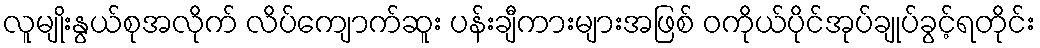
လူမျိုးနွယ်စုအလိုက် လိပ်ကျောက်ဆူး ပန်းချီကားများအဖြစ် ဝကိုယ်ပိုင်အုပ်ချုပ်ခွင့်ရတိုင်း